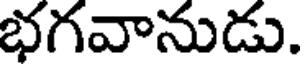
భగవానుడు.